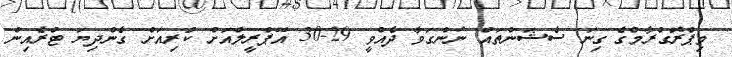
މިޕްރޮގްރާމްގެ ގިނަ ސެޝަންތައް ނަންގަވާ ދެއްވީ 29-30 އޭޕްރީލްއަށް ކުރިއަށް ގެންދިޔަ ޓްރެއިން